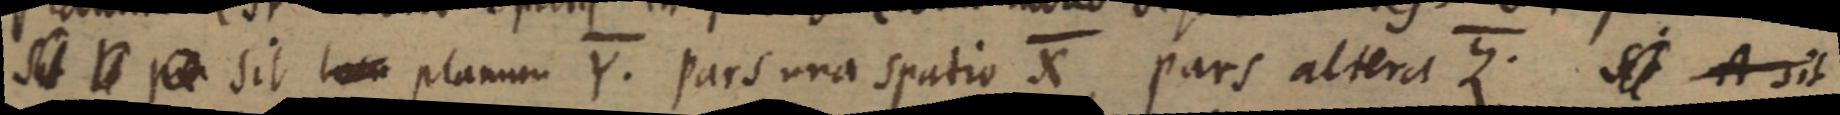
Sit _ sit locu planum Y. Pars una spatio X, pars altera Z. sit A sit